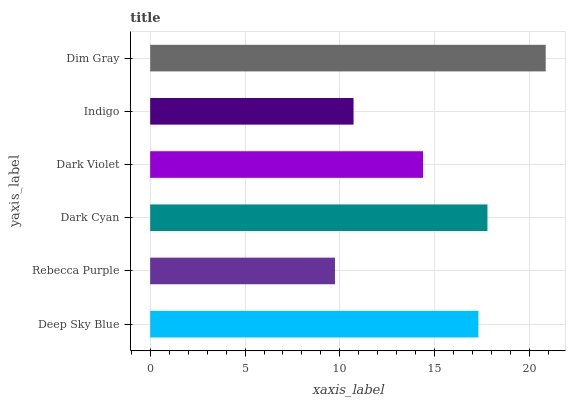
| yaxis_label | bars |
 | --- | --- |
 | Deep Sky Blue | 17.3 |
 | Rebecca Purple | 9.74 |
 | Dark Cyan | 17.8 |
 | Dark Violet | 14.4 |
 | Indigo | 10.7 |
 | Dim Gray | 20.8 |